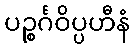
ပဉ္စင်္ဂဝိပ္ပဟီနံ